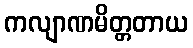
ကလျာဏမိတ္တတာယ